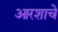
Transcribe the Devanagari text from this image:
आरशाचे